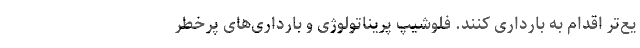
یع‌‌تر اقدام به بارداری کنند. فلوشیپ پریناتولوژی و بارداری‌‌های پرخطر